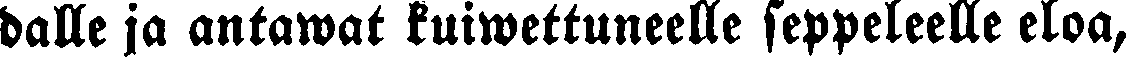
dalle ja antawat kuiwettuneelle seppeleelle eloa,